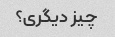
چیز دیگری؟